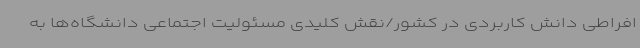
افراطی دانش کاربردی در کشور/نقش کلیدی مسئولیت اجتماعی دانشگاه‌ها به